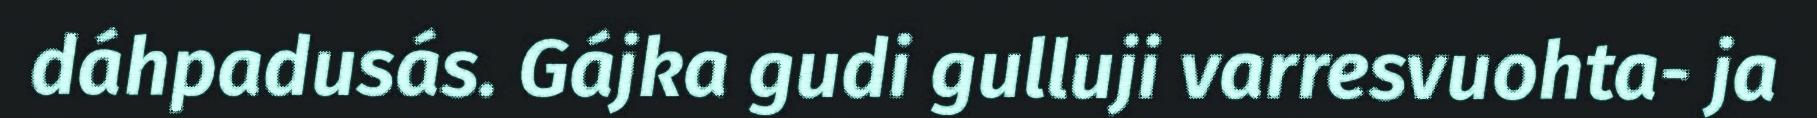
dáhpadusás. Gájka gudi gulluji varresvuohta- ja